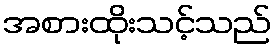
အစားထိုးသင့်သည်